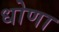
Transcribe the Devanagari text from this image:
धोणा